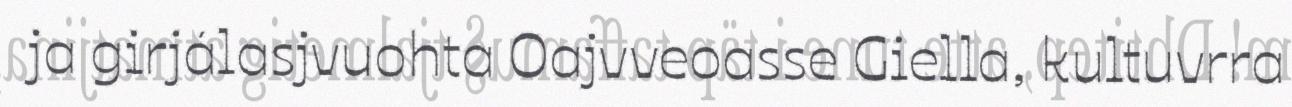
ja girjálasjvuohta Oajvveoasse Giella, kultuvrra